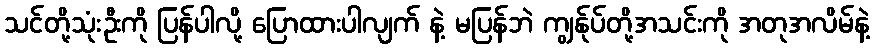
သင်တို့သုံးဦးကို ပြန်ပါလို့ ပြောထားပါလျက် နဲ့ မပြန်ဘဲ ကျွန်ုပ်တို့အသင်းကို အတုအလိမ်နဲ့